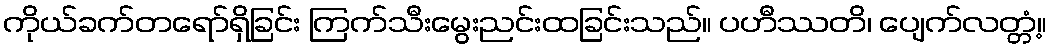
ကိုယ်ခက်တရော်ရှိခြင်း ကြက်သီးမွေးညင်းထခြင်းသည်။ ပဟီဿတိ၊ ပျေက်လတ္တံ့။